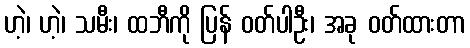
ဟဲ့၊ ဟဲ့၊ သမီး၊ ထဘီကို ပြန် ဝတ်ပါဦး၊ အခု ဝတ်ထားတာ